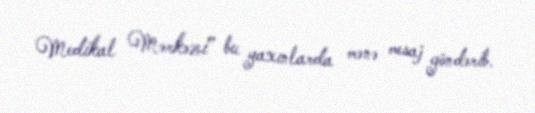
Medikal Mərkəzi” bu yaxınlarda mənə mesaj göndərib.